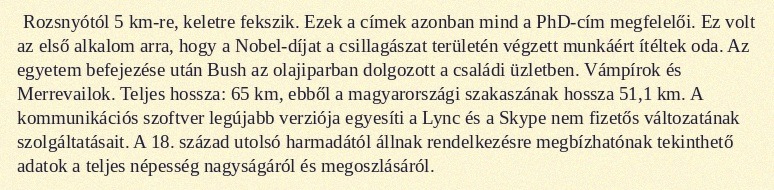
Rozsnyótól 5 km-re, keletre fekszik. Ezek a címek azonban mind a PhD-cím megfelelői. Ez volt az első alkalom arra, hogy a Nobel-díjat a csillagászat területén végzett munkáért ítéltek oda. Az egyetem befejezése után Bush az olajiparban dolgozott a családi üzletben. Vámpírok és Merrevailok. Teljes hossza: 65 km, ebből a magyarországi szakaszának hossza 51,1 km. A kommunikációs szoftver legújabb verziója egyesíti a Lync és a Skype nem fizetős változatának szolgáltatásait. A 18. század utolsó harmadától állnak rendelkezésre megbízhatónak tekinthető adatok a teljes népesség nagyságáról és megoszlásáról.